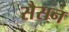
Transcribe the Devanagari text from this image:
सैसन